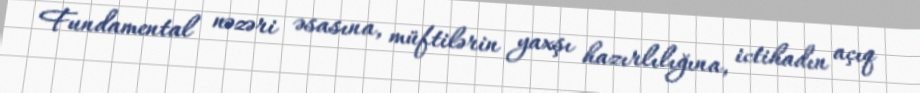
Fundamental nəzəri əsasına, müftilərin yaxşı hazırlılığına, ictihadın açıq